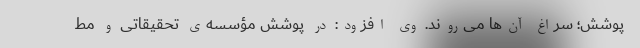
پوشش؛ سراغ آن‌ها می‌روند. وی افزود: در پوشش مؤسسه‌ی تحقیقاتی و مط